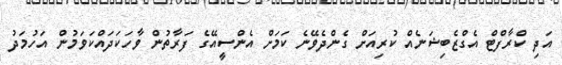
އަދި ކްރާފްޓް އެގްޒެބިޝަނެއް ކުރިއަށް ގެންދެވޭނެ ކަމަށް އެންސީއޭގެ ފަރާތުން ވާހަކަދައްކަވަމުން އަހުމަދު